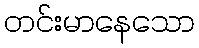
တင်းမာနေသော